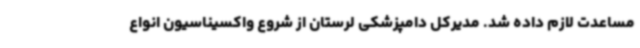
مساعدت لازم داده شد. مدیرکل دامپزشکی لرستان از شروع واکسیناسیون انواع